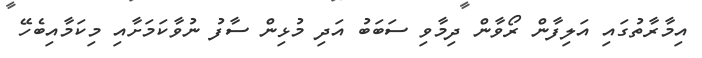
އިމާރާތުގައި އަލިފާން ރޯވާން ދިމާވި ސަބަބު އަދި މުޅިން ސާފު ނުވާކަމަށާއި މިކަމާއިބެހޭ